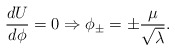
\begin{align*}\frac{dU}{d\phi }=0\Rightarrow \phi _{\pm }=\pm \frac{\mu }{\sqrt{\lambda }}.\end{align*}